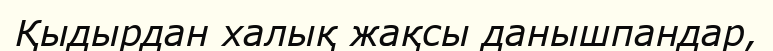
Қыдырдан халық жақсы данышпандар,